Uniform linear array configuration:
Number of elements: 16
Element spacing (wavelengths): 1
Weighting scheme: kaiser
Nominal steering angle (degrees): -15
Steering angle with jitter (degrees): -14.912
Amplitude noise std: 0.05
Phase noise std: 0.05

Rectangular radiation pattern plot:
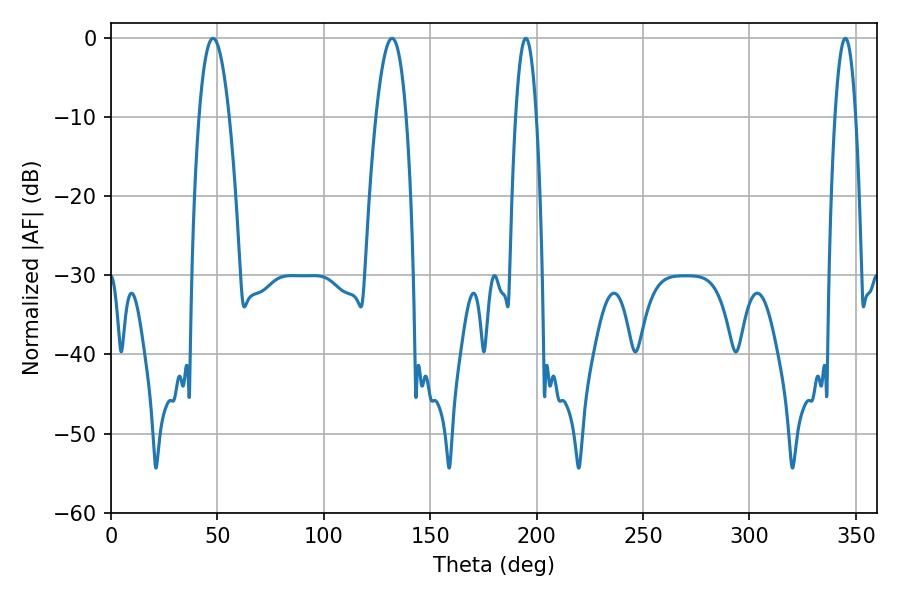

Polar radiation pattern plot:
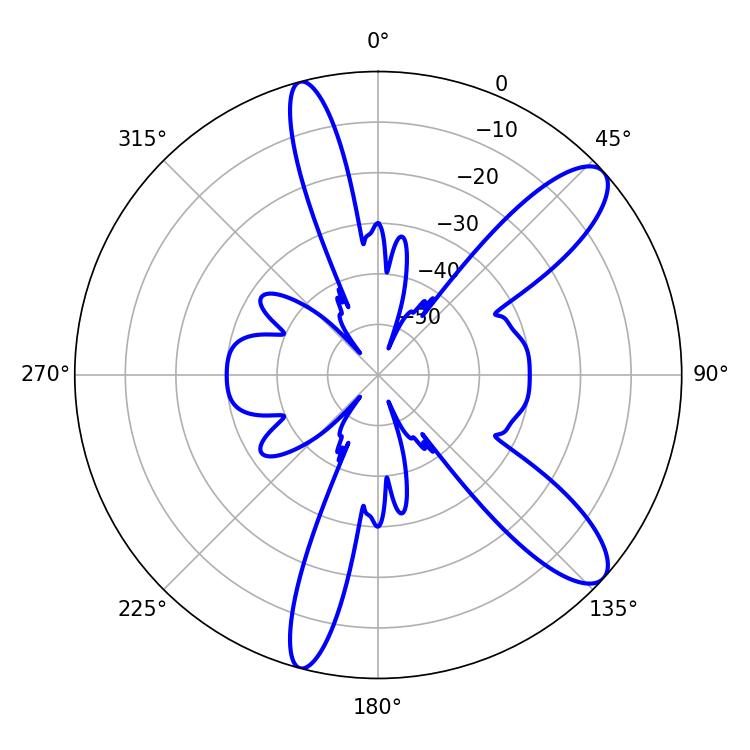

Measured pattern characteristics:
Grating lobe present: TRUE
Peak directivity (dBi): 10.79
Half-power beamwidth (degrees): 5.4
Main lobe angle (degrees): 194.94